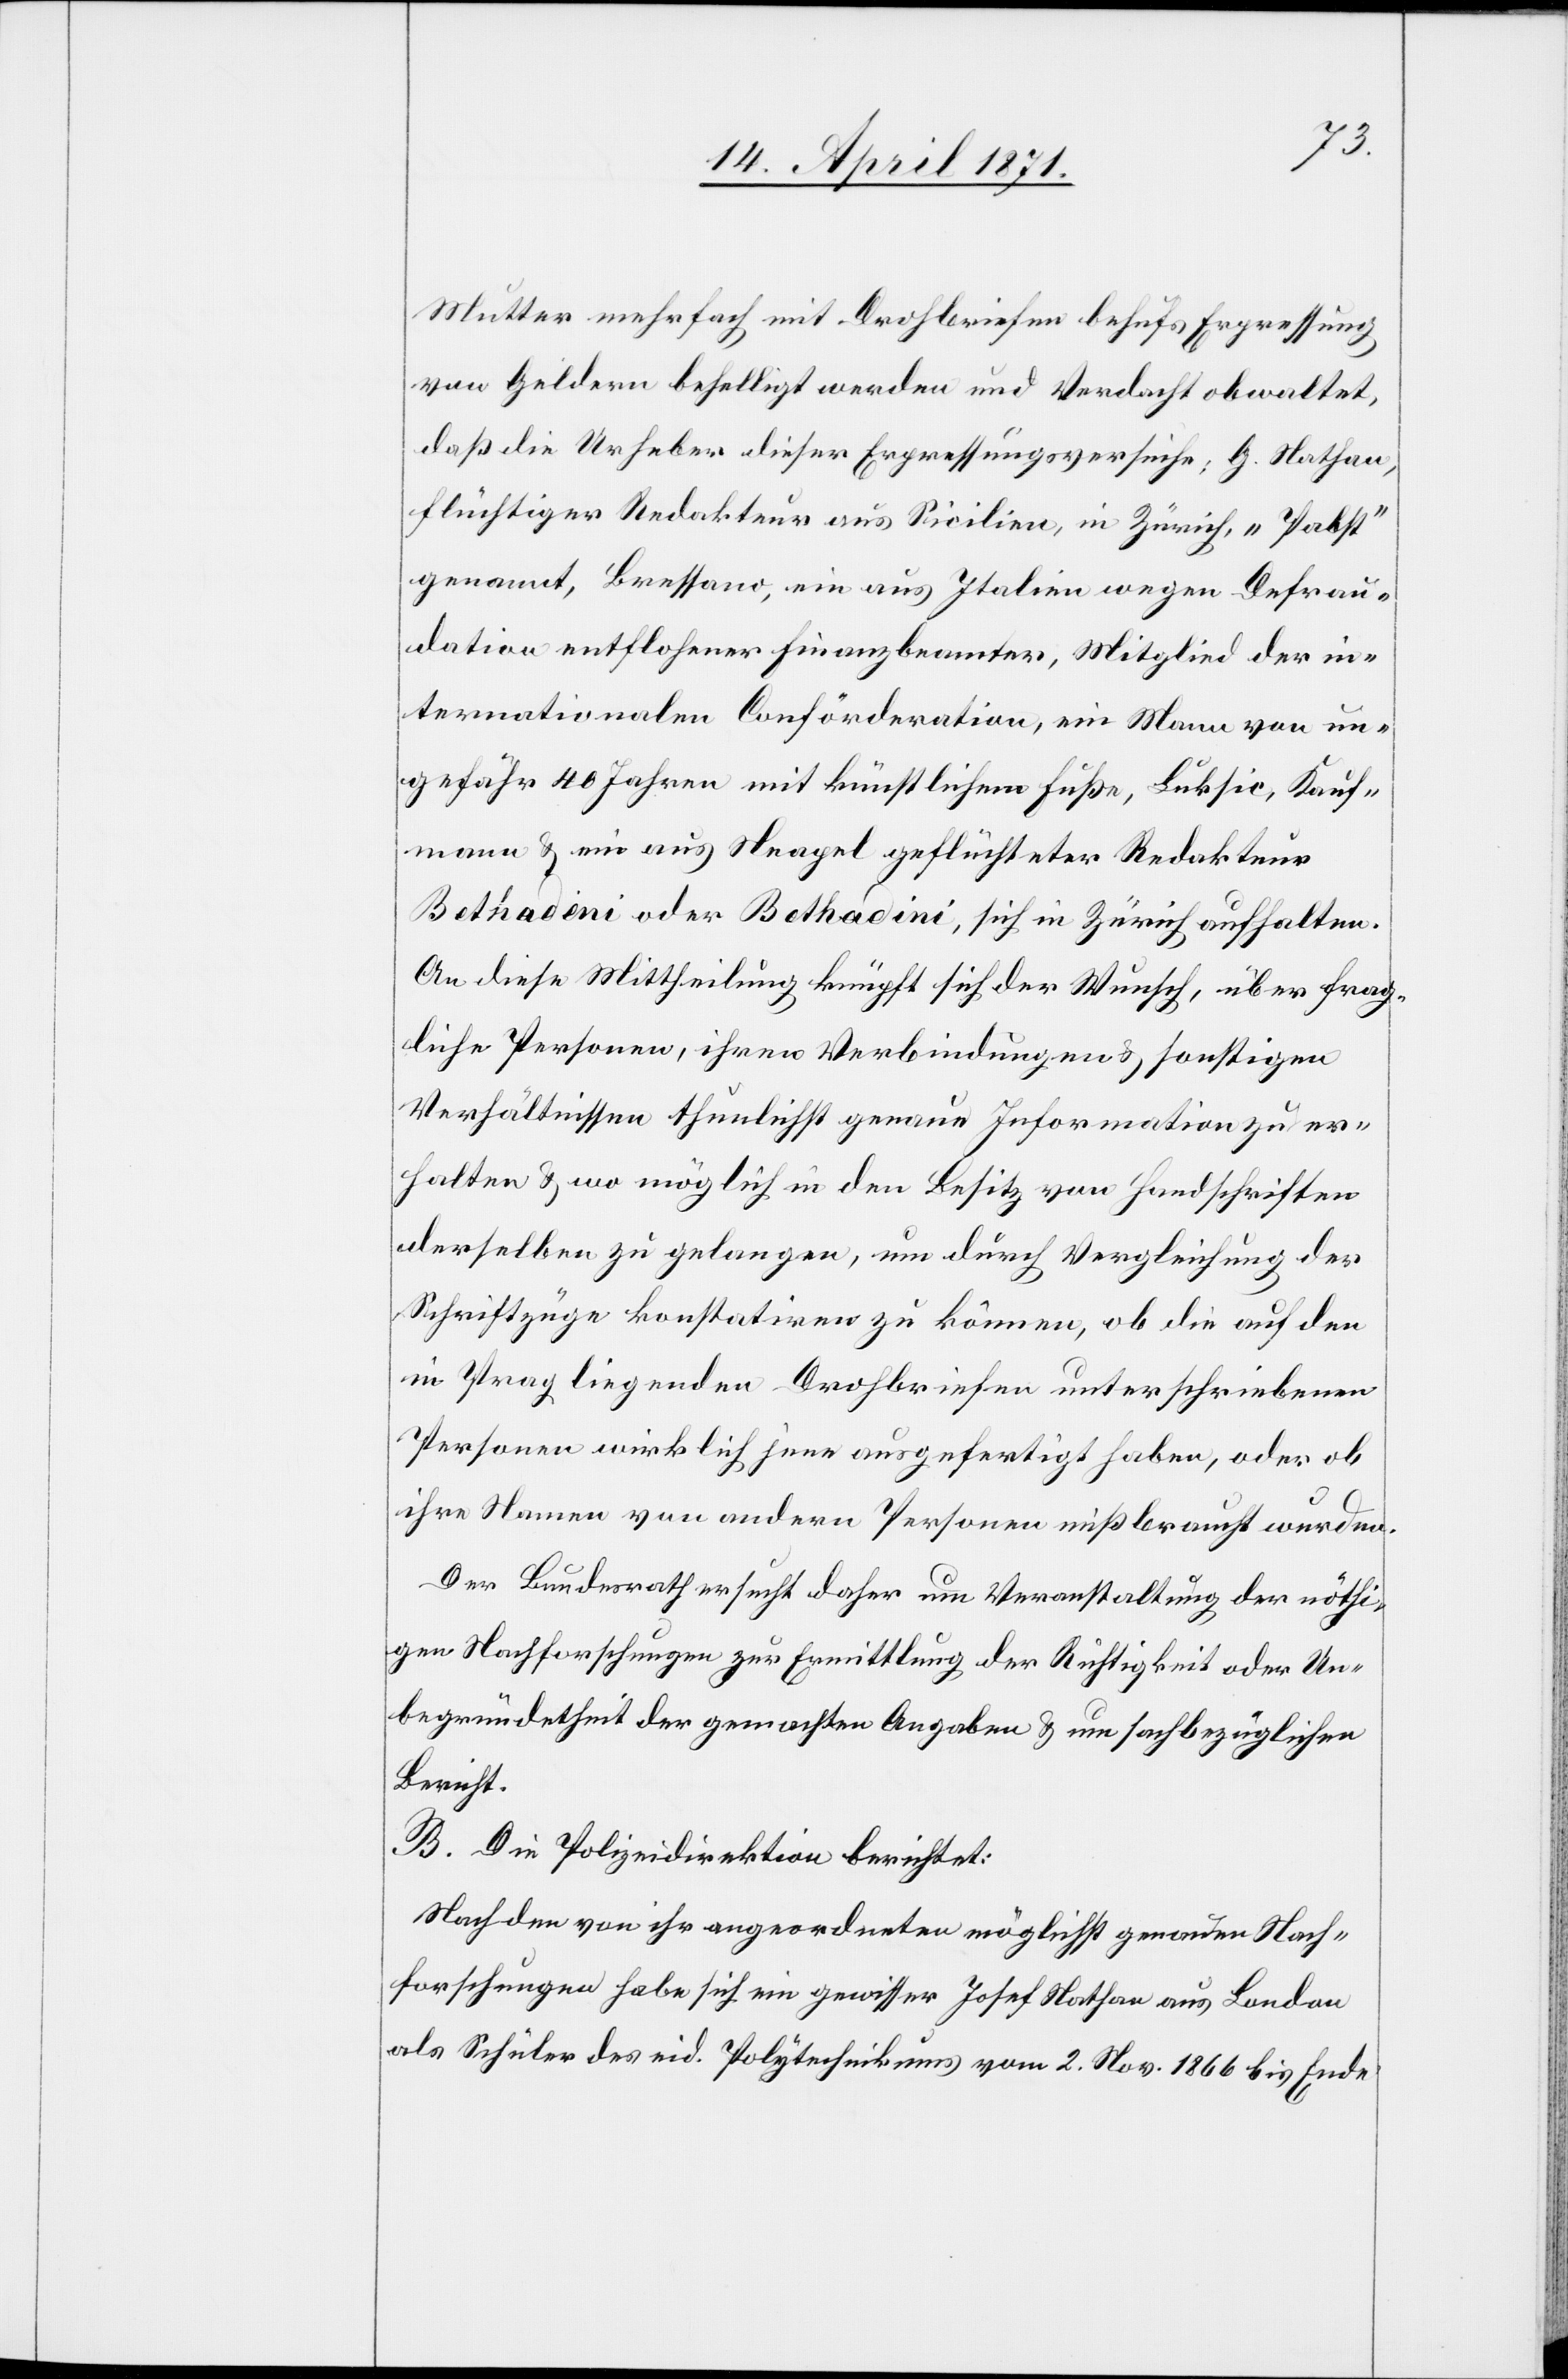
Mutter mehrfach mit Drohbriefen behufs Erpressung
von Geldern behelligt werden und Verdacht obwaltet,
daß die Urheber dieser Erpressungsversuche: G. Nathan,
flüchtiger Redakteur aus Sicilien, in Zürich, „Pabst“
genannt, Bressano, ein aus Italien wegen Defrau¬
dation entflohener Finanzbeamter, Mitglied der in¬
ternationalen Conförderation, ein Mann von un¬
gefähr 40 Jahren mit künstlichem Fuße, Luksic, Kauf¬
mann u. ein aus Neapel geflüchteter Redakteur
Bethadeni oder Bethadini, sich in Zürich aufhalten.
An diese Mittheilung knüpft sich der Wunsch, über frag¬
liche Personen, ihren Verbindungen u. sonstigen
Verhältnissen thunlichst genaue Information zu er¬
halten u. wo möglich in den Besitz von Handschriften
derselben zu gelangen, um durch Vergleichung der
Schriftzüge konstatiren zu können, ob die auf den
in Prag liegenden Drohbriefen unterschriebenen
Personen wirklich jene ausgefertigt haben, oder ob
ihre Namen von andern Personen mißbraucht wurden.
Der Bundesrath ersucht daher um Veranstaltung der nöthi¬
gen Nachforschungen zur Ermittlung der Richtigkeit oder Un¬
begründetheit der gemachten Angaben u. um sachbezüglichen
Bericht.
B. Die Polizeidirektion berichtet:
Nach den von ihr angeordneten möglichst genauen Nach¬
forschungen habe sich ein gewisser Josef Nathan aus London
als Schüler des eid. Polytechnikums vom 2. Nov. 1866 bis Ende